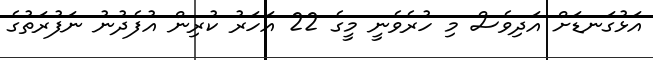
އަޅުގަނޑަށް އަދިވެސް މި ހުރެވެނީ މީގެ 22 އަހަރު ކުރިން އުފެދުނު ނަފުރަތުގެ